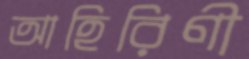
আহিরিণী